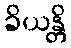
ခိယန္တိ